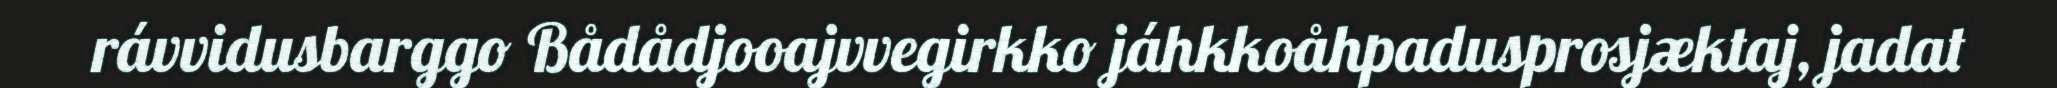
rávvidusbarggo Bådådjooajvvegirkko jáhkkoåhpadusprosjæktaj, jadat